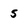
Character: 5